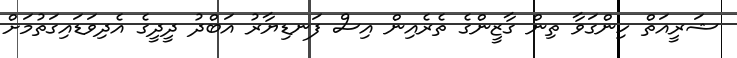
ޝަރީއަތް ހިންގަވާ ތިން ގާޒީންގެ ތެރެއިން އިސް ފަނޑިޔާރު އަބްދު ދީދީގެ އެދިވަޑައިގަތުމަށް